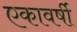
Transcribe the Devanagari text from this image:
एकावर्षी